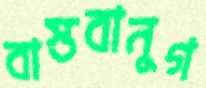
বাস্তবানুগ